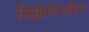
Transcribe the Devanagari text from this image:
डिप्लोमोनाडिडा